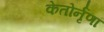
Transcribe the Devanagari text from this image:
केतोर्नृणां